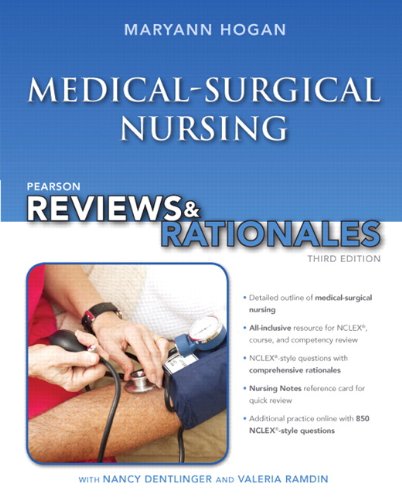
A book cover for Pearson Reviews & Rationales: Medical-Surgical Nursing with "Nursing Reviews & Rationales" (3rd Edition) (Reviews & Rationales Series); MaryAnn Hogan; Test Preparation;